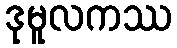
ဒုမူလကဿ